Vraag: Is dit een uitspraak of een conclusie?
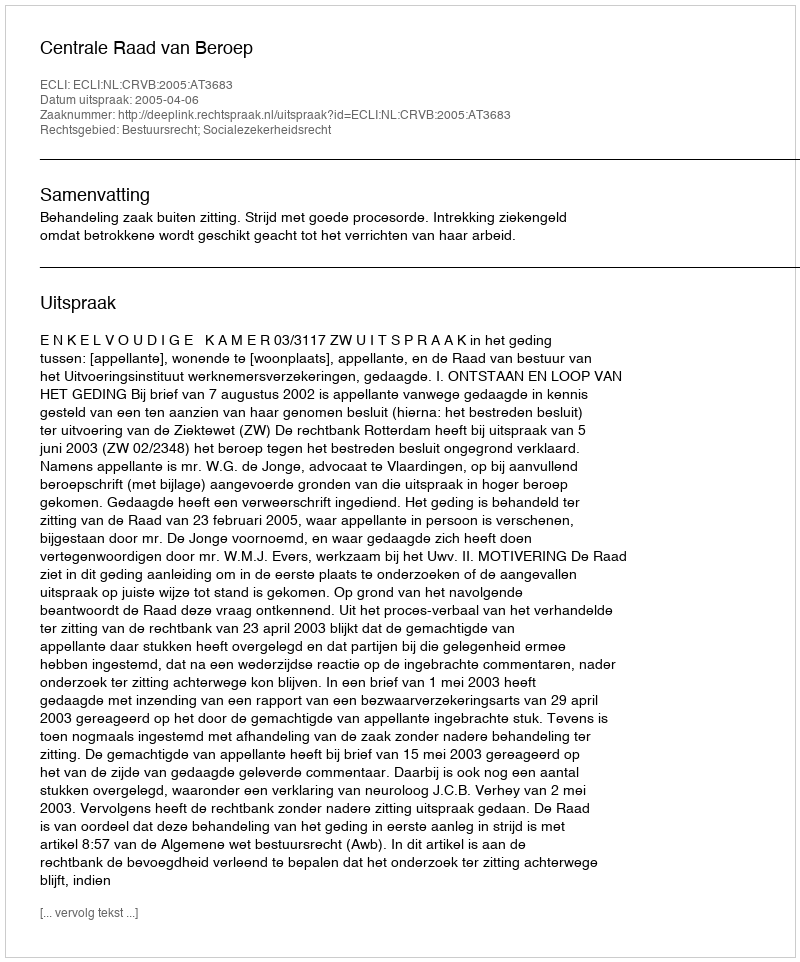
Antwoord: Uitspraak